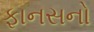
ફાનસનો